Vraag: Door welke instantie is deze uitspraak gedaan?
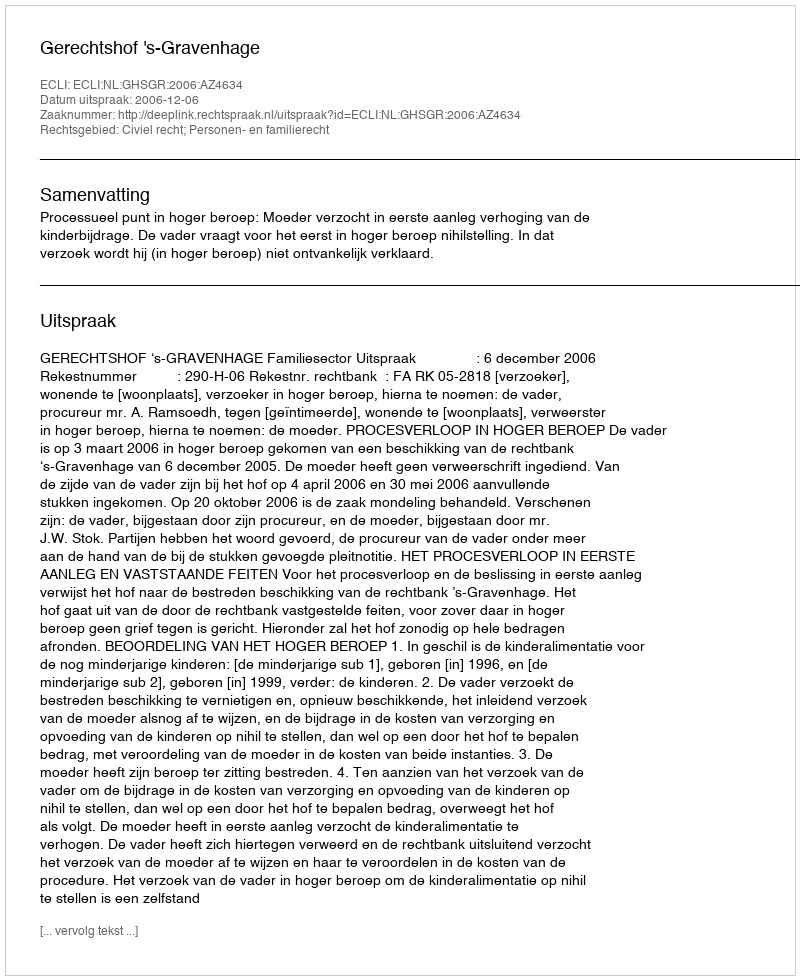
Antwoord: Gerechtshof 's-Gravenhage